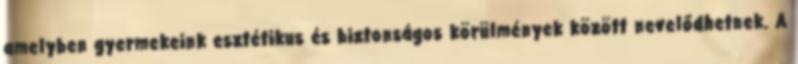
amelyben gyermekeink esztétikus és biztonságos körülmények között nevelődhetnek. A